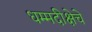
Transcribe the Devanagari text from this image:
धम्मदीक्षेचे